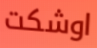
اوشكت